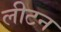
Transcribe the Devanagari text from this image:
लीटन